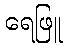
ရေဖြူ